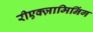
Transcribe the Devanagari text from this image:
रीएक्ज़ामिनिंग